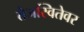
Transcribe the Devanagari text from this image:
तेजस्वितेवर